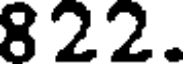
822.